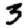
Digit: 3